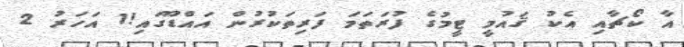
އާ ކޯޗާއި އެކު ޤައުމީ ޓީމުގެ ފުރަތަމަ ފަރިތަކުރުން އައްޑޫގައި!1 އަހަރު 2